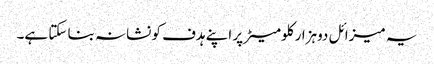
یہ میزائل دوہزار کلومیٹر پر اپنے ہدف کو نشانہ بنا سکتا ہے۔